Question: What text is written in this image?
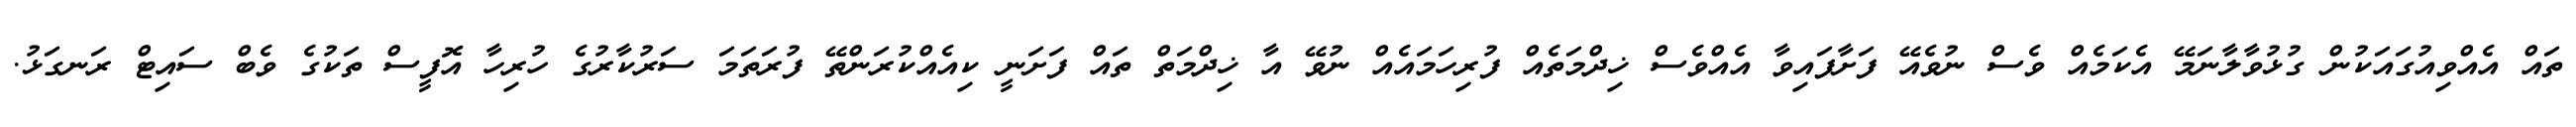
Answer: ތައް އެއްވިއުގައަކުން ގުޅުވާލާނަމޭ އެކަމެއް ވެސް ނުވެއޭ ފަށާފައިވާ އެއްވެސް ޚިދްމަތެއް ފުރިހަމައެއް ނުވޭ އާ ޚިދްމަތް ތައް ފަށަނީ ކިއެއްކުރަންތޭ ފުރަތަމަ ސަރުކާރުގެ ހުރިހާ އޮފީސް ތަކުގެ ވެބް ސައިޓް ރަނގަޅު.